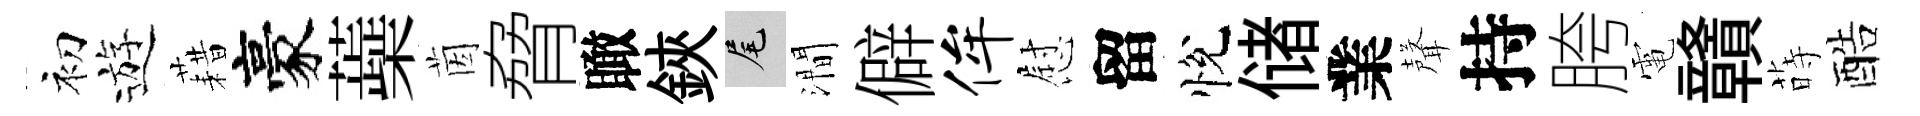
初遊藉豪蘃茵脅瞰鋏尾澗僻侔慰留悅储業聲持胯電贛蒔酷